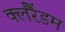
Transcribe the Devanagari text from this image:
क्लैंरेंडम